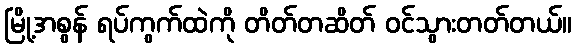
မြို့အစွန် ရပ်ကွက်ထဲကို တိတ်တဆိတ် ဝင်သွားတတ်တယ်။